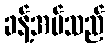
ခန့်အပ်သည်